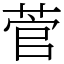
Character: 菅